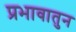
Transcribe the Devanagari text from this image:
प्रभावातुन